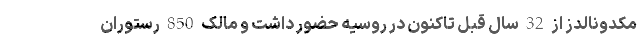
مکدونالدز از 32 سال قبل تاکنون در روسیه حضور داشت و مالک 850 رستوران